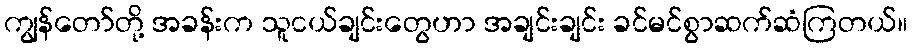
ကျွန်တော်တို့ အခန်းက သူငယ်ချင်းတွေဟာ အချင်းချင်း ခင်မင်စွာဆက်ဆံကြတယ်။